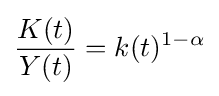
{\frac {K(t)}{Y(t)}}=k(t)^{1-\alpha }